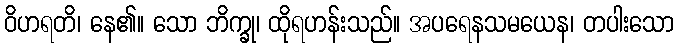
ဝိဟရတိ၊ နေ၏။ သော ဘိက္ခု၊ ထိုရဟန်းသည်။ အပရေနသမယေန၊ တပါးသော